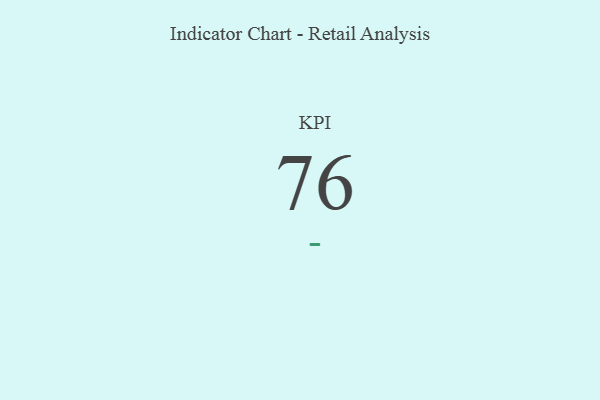
{"axis": {"x": "KPI", "y": "Value"}, "legend": [""], "data": [{"x": "KPI", "y": 76, "type": ""}]}